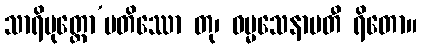
သာရိပုတ္တော’ပတိဿော တု၊ ဓမ္မသေနာပတီ ရိတော။